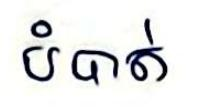
បំបាត់